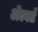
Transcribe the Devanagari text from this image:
ॲल्बर्ट